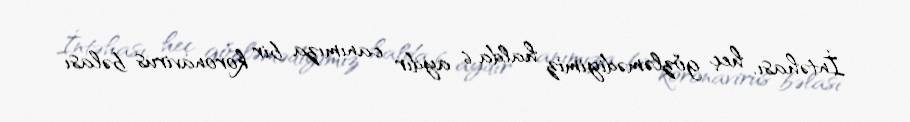
İntəhası, heç gözləmədiyimiz halda 6 aydır canımıza bir koronavirus bəlası